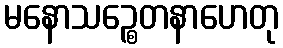
မနောသဉ္စေတနာဟေတု